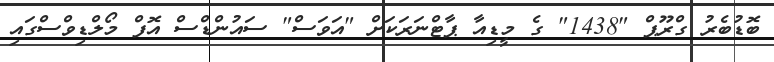
ބޮޑުބެރު ގްރޫޕް "1438" ގެ މީޑިއާ ޕާޓްނަރަކަށް "އަވަސް" ސައުންޑްސް އޮފް މޯލްޑިވްސްގައި